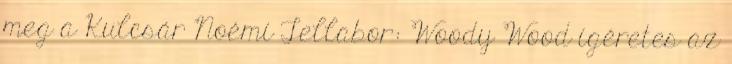
meg a Kulcsár Noémi Tellabor: Woody Wood ígéretes az